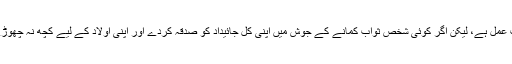
صدقہ و خیرات بہت اچھا اور باعثِ ثواب عمل ہے، لیکن اگر کوئی شخص ثواب کمانے کے جوش میں اپنی کل جائیداد کو صدقہ کردے اور اپنی اولاد کے لیے کچھ نہ چھوڑے تو اس کا یہ عمل ناپسندیدہ ہوجائے گا۔